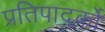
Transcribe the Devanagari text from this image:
प्रतिपादर्को